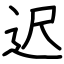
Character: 迟